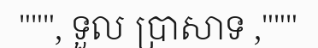
""", ទួល ប្រាសាទ ,"""